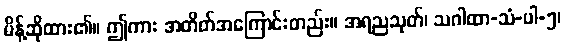
မိန့်ဆိုထား၏။ ဤကား အတိတ်အကြောင်းတည်း။ အရညသုတ်၊ သဂါထာ-သံ-ပါ-၅၊